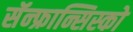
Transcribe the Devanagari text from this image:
सॅन्‍फ्रान्सिस्को